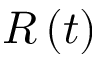
R \left( t \right)